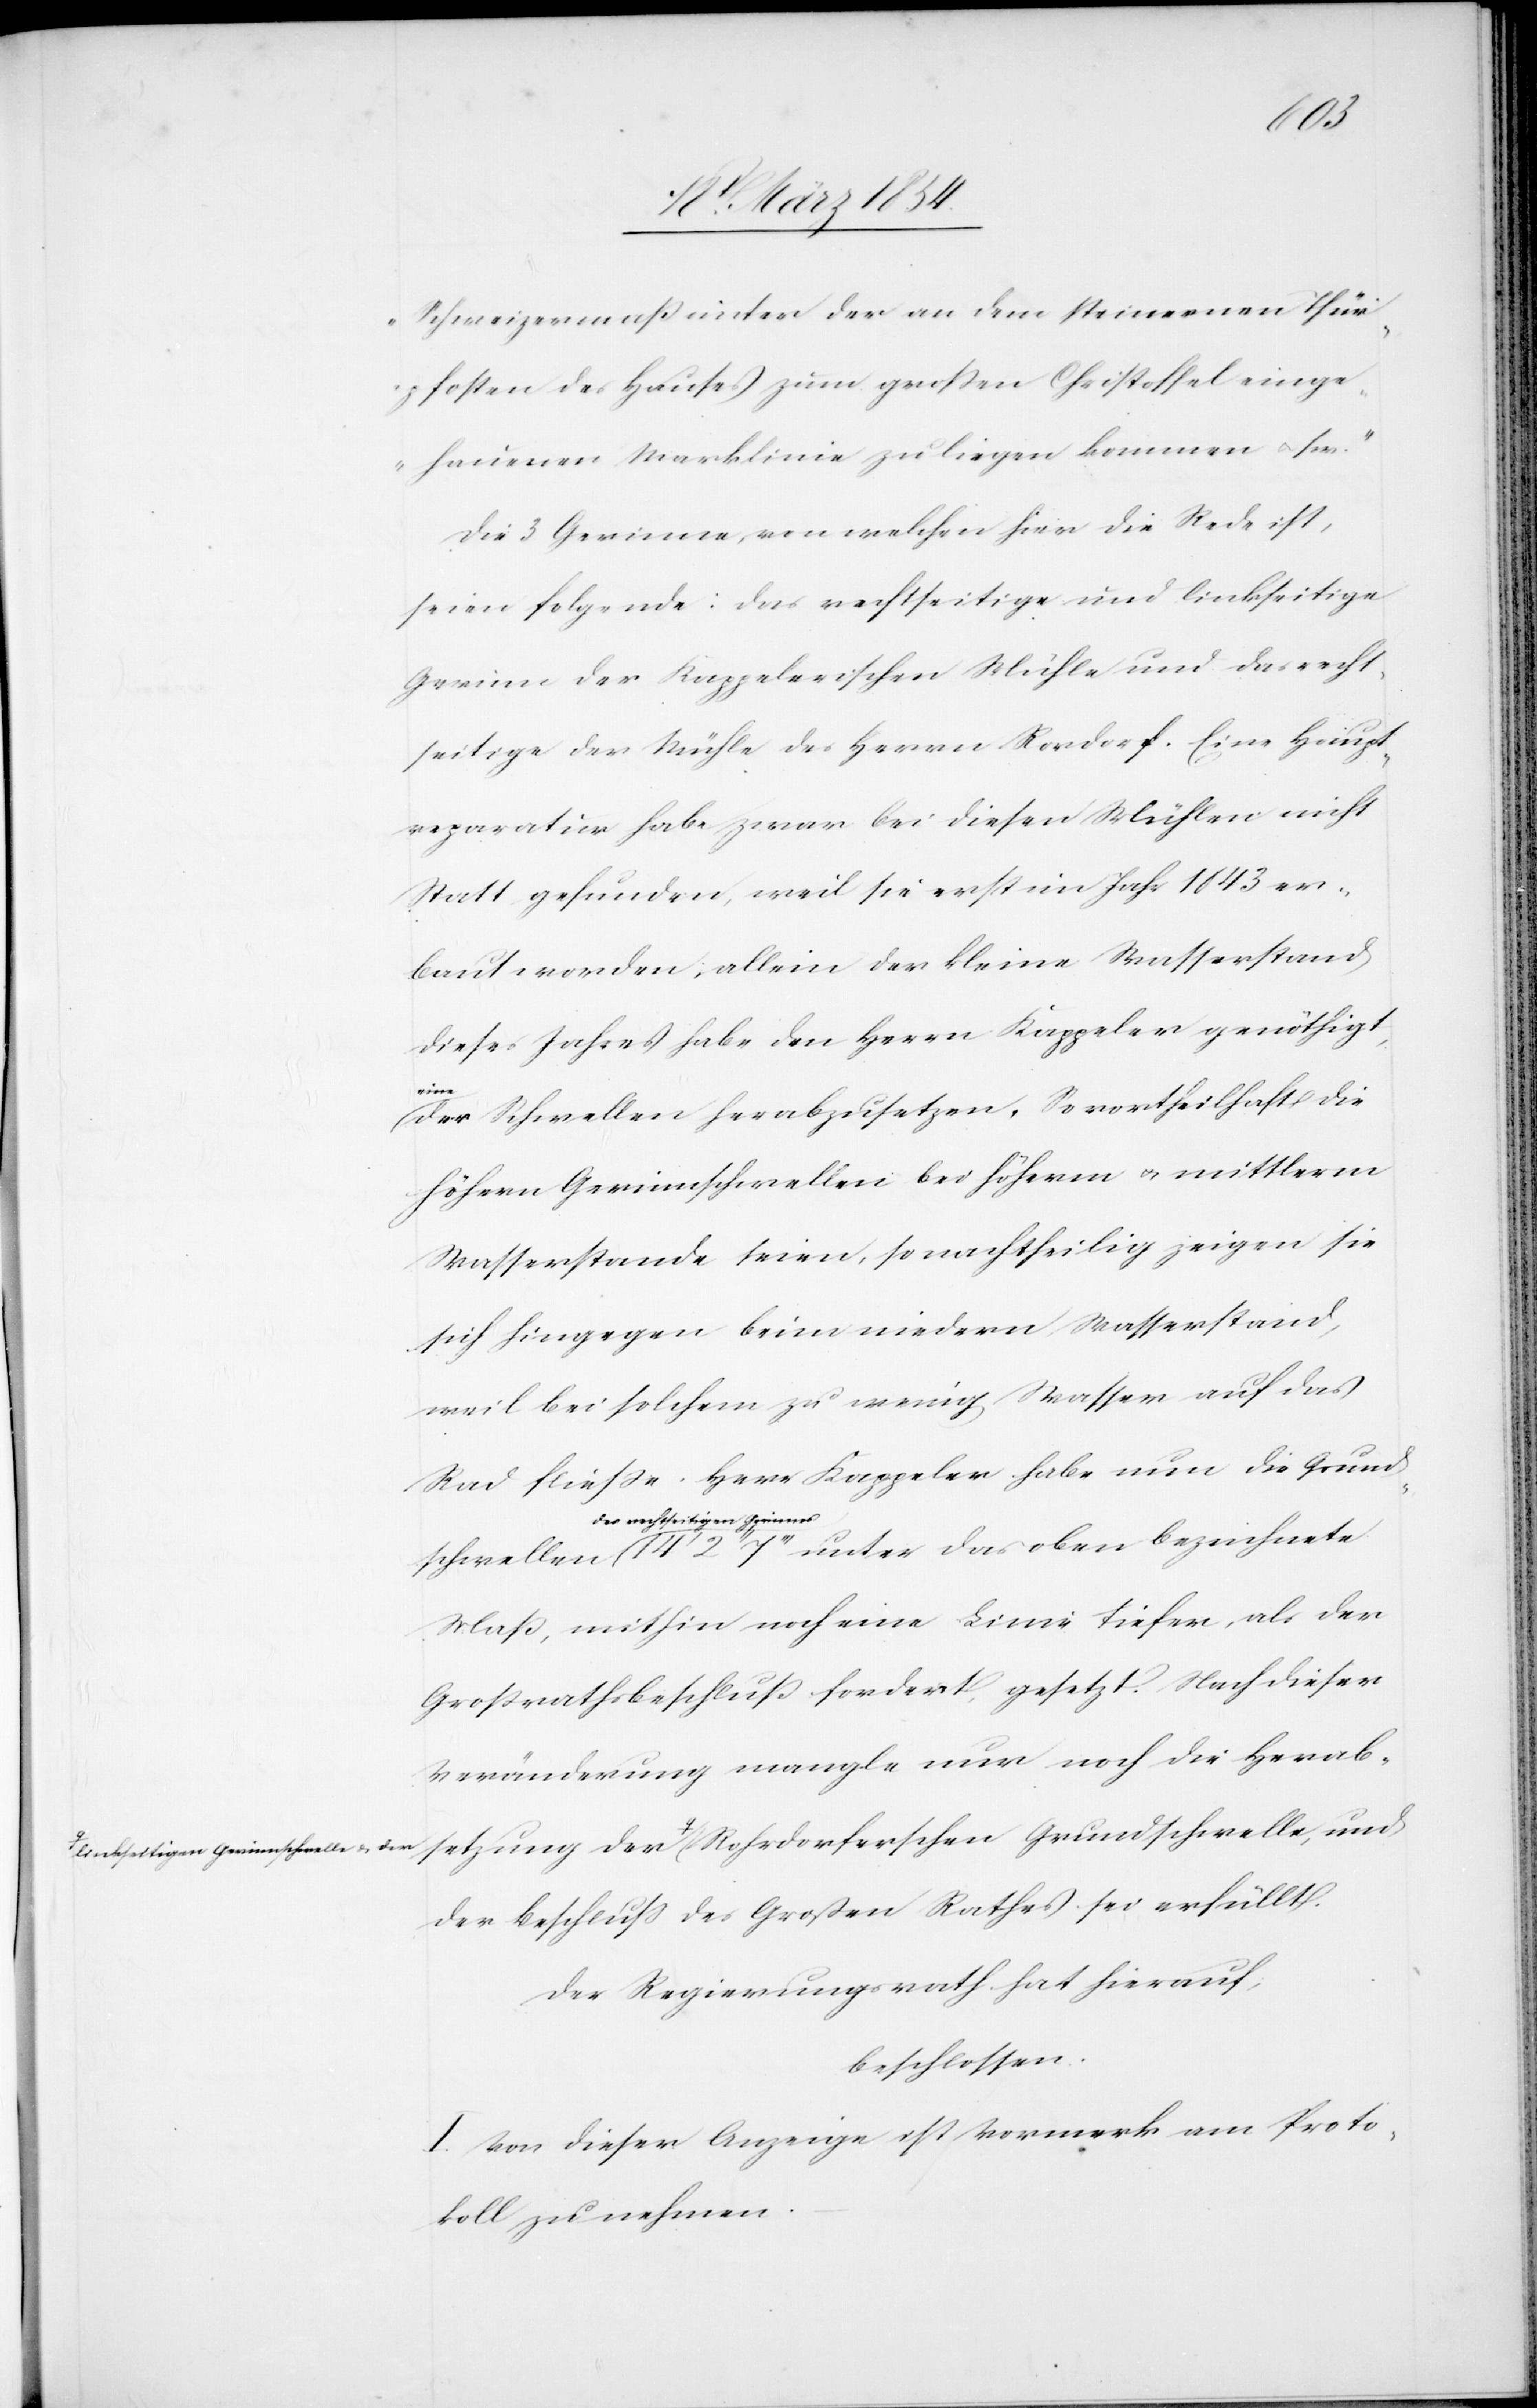
a-linkseitigen Gerinnschwelle u. der-a

der
Schweizermaß unter der an dem steinernen Thür¬
pfosten des Hauses zum großen Christoffel einge¬
hauenen Marklinie zu liegen kommen u. s.
Die 3 Gerinne, von welchen hier die Rede ist,
seien Folgende: Das rechtseitige und linkseitige
Gerinne der Kappelerischen Mühle und das recht¬
seitige der Mühle des Herrn Rordorf. Eine Haupt¬
reparatur habe zwar bei diesen Mühlen nicht
Statt gefunden, weil sie erst im Jahr 1843 er¬
baut worden, allein der kleine Wasserstand
dieses Jahres habe den Herrn Kappeler genöthigt,
a-eine-a
der Schwellen herabzusetzen. So vortheilhaft die
höhern Gerinnschwellen bei höherm u. mittlerm
Wasserstande seien, so nachtheilig zeigen sie
sich hingegen beim niedern Wasserstand,
weil bei solchem zu wenig Wasser auf das
Rad fließe. Herr Kappeler habe nun die Grunds¬
a-des rechtseitigen Gerinnes-a
Maß, mithin noch eine Linie tiefer, als der
Großrathsbeschluß fordert, gesetzt. Nach dieser
Veränderung mangle nur noch die Herab¬
der Beschluß des Großen Rathes sei erfüllt.
Der Regierungsrath hat hierauf,
beschlossen:
I. Von dieser Anzeige ist Vermerk am Proto¬
koll zu nehmen.